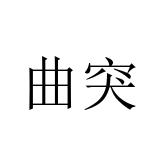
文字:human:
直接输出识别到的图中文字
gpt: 曲突